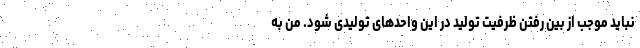
نباید موجب از بین رفتن ظرفیت تولید در این واحدهای تولیدی شود. من به